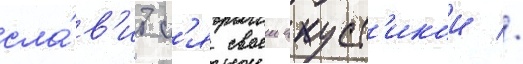
сла́в'итс'я своеи акуст'икои //